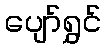
ပျော်ရွှင်